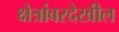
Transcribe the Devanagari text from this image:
क्षेत्रांवरदेखील